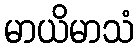
မာယိမာသံ